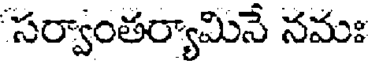
సర్వాంతర్యామినే నమః